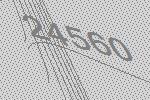
24560